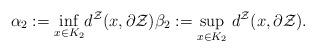
LaTeX: \begin{align*}\alpha_2 := \underset{x \in K_2}{\inf} d^\mathcal Z (x, \partial \mathcal Z) \beta_2 := \underset{x \in K_2}{\sup} \; d^\mathcal Z (x, \partial \mathcal Z).\end{align*}